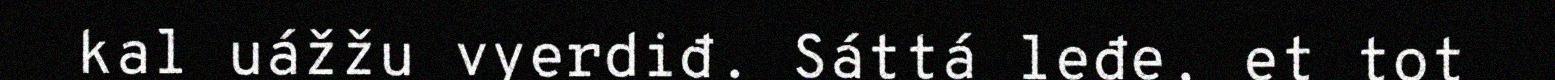
kal uážžu vyerdiđ. Sáttá leđe, et tot